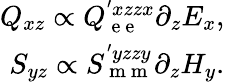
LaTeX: \begin{array}{r}{Q_{xz}\propto Q_{\mathrm{~e~e~}}^{'xzzx}\partial_{z}E_{x},}\\ {S_{yz}\propto S_{\mathrm{~m~m~}}^{'yzzy}\partial_{z}H_{y}.}\end{array}